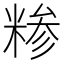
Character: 糁